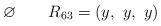
LaTeX: \begin{align*}\varnothing\quad\quad\begin{aligned}R_{63} &=( y,\ y,\ y) \end{aligned}\end{align*}